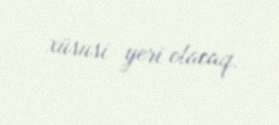
xüsusi yeri olacaq.